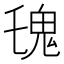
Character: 𩱾